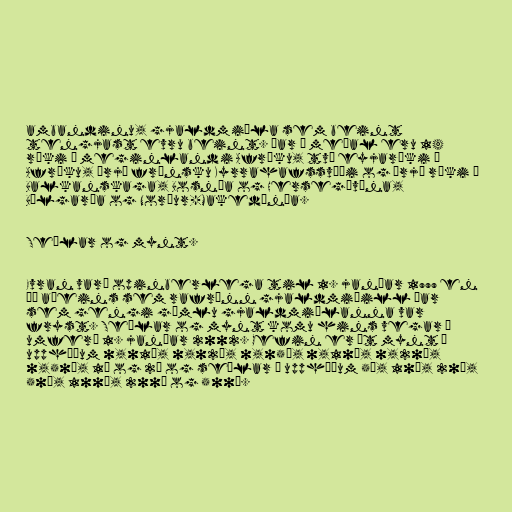
ambandinu, gjaldmiðla sem beint
tengjast evru beint. Þar á meðal eru 14
ríki á meginlandi Afríku, tvö eyjaríki í
Afríku, þrjú frönsku Kyrrahafssvæði og þrjú ríki á
Balkanskaga, Bosnía og Hersegóvína,
Búlgaría og Norður-Makedónía.

Seðlar og mynt.

Evran varð opinberlega til 1. janúar 1999 en
þá aðeins sem rafrænn gjaldmiðill þar
sem gengi gömlu gjaldmiðlanna var
fryst. Seðlar og mynt komu hins vegar í
umferð 1. janúar 2002. Gefin er út mynt í
upphæðum 0,01€, 0,02€, 0,05€, 0,10€, 0,20€,
0,50€, 1€ og 2€ og seðlar í upphæðum 5€, 10€, 20€,
50€, 100€, 200€ og 500€.